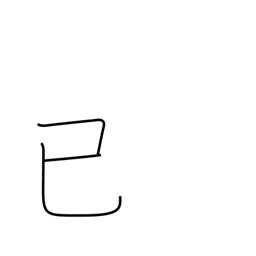
Meaning: long ago